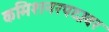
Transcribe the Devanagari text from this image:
कमिशनरपदावर